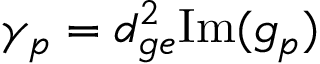
\gamma _ { p } = d _ { g e } ^ { 2 } \mathrm { I m } ( g _ { p } )